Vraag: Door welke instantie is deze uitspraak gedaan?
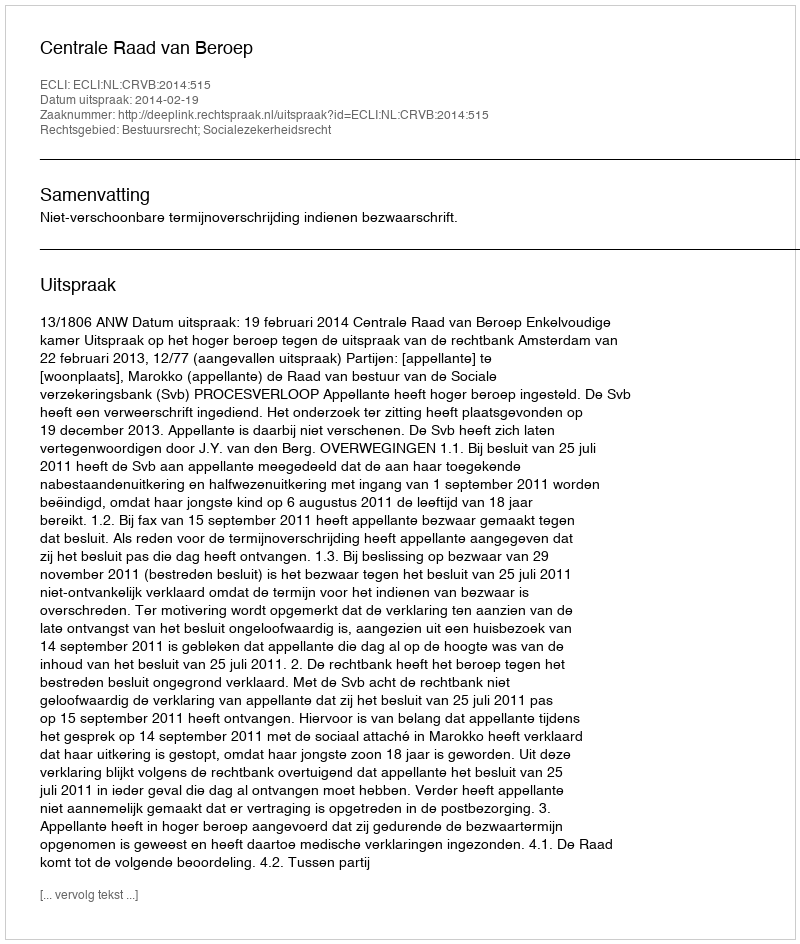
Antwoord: Centrale Raad van Beroep